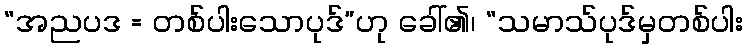
“အညပဒ = တစ်ပါးသောပုဒ်”ဟု ခေါ်၏၊ “သမာသ်ပုဒ်မှတစ်ပါး